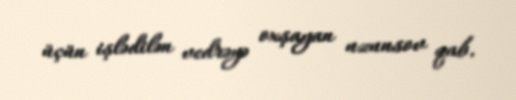
üçün işlədilən vedrəyə oxşayan uzunsov qab.